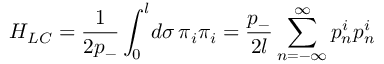
H _ { L C } = \frac { 1 } { 2 p _ { - } } \int _ { 0 } ^ { l } \! d \sigma \, \pi _ { i } \pi _ { i } = \frac { p _ { - } } { 2 l } \sum _ { n = - \infty } ^ { \infty } p _ { n } ^ { i } p _ { n } ^ { i }